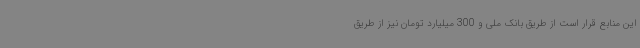
این منابع قرار است از طریق بانک ملی و 300 میلیارد تومان نیز از طریق